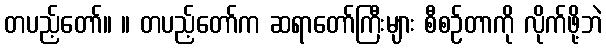
တပည့်တော်။ ။ တပည့်တော်က ဆရာတော်ကြီးများ စီစဉ်တာကို လိုက်ဖို့ဘဲ